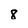
Character: 8